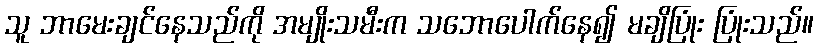
သူ ဘာမေးချင်နေသည်ကို အမျိုးသမီးက သဘောပေါက်နေ၍ မချိပြုံး ပြုံးသည်။